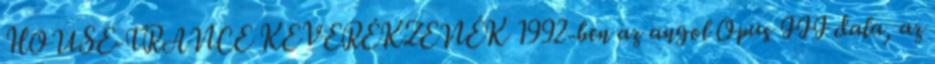
HOUSE-TRANCE KEVERÉKZENÉK 1992-ben az angol Opus III dala, az